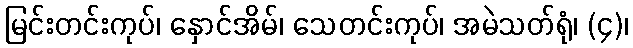
မြင်းတင်းကုပ်၊ နှောင်အိမ်၊ သေတင်းကုပ်၊ အမဲသတ်ရုံ၊ (၄)၊